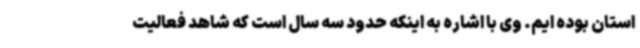
استان بوده ایم. وی با اشاره به اینکه حدود سه سال است که شاهد فعالیت